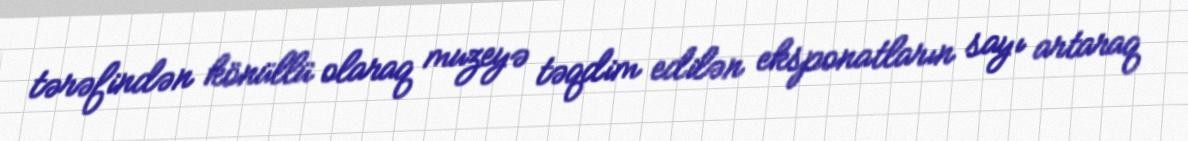
tərəfindən könüllü olaraq muzeyə təqdim edilən eksponatların sayı artaraq